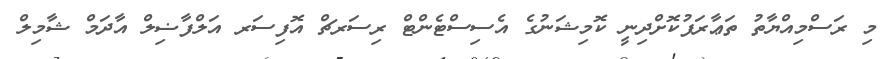
މި ރަސްމިއްޔާތު ތަޢާރަފުކޮށްދިނީ ކޮމިޝަނުގެ އެސިސްޓެންޓް ރިސަރޗް އޮފިސަރ އަލްފާޟިލް އާދަމް ޝާމިލް